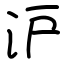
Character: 沪